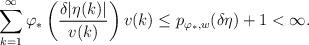
LaTeX: \begin{align*}\sum_{k=1}^\infty \varphi_*\left(\frac{\delta |\eta(k)|}{v(k)}\right) v(k) \le p_{\varphi_*,w}(\delta \eta) + 1 < \infty.\end{align*}